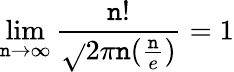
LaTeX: \lim\limits_{\mathtt{n}\rightarrow\infty}\frac{{\mathtt{n}!}}{{\sqrt{}{{2\pi\mathtt{n}}}(\frac{{\mathtt{n}}}{{e}})}}=1